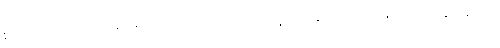
စာဆိုရှိသည် မောင်နှမများက ဝင်ရောက်ယှဉ်ပြိုင်ခဲ့ခြင်း ချက်ပြုတ်ပေးသည် အချိန်များကို